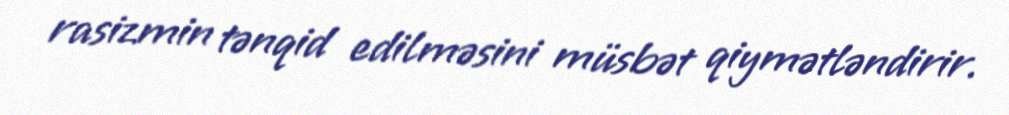
rasizmin tənqid edilməsini müsbət qiymətləndirir.